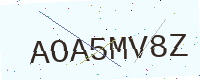
Text: AOA5MV8Z